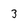
Character: 3